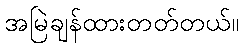
အမြဲချန်ထားတတ်တယ်။